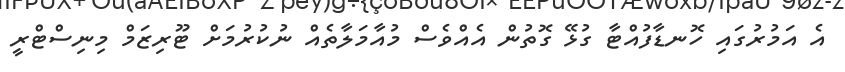
އެ އަމުރުގައި ހޮނޑާފުއްޓާ ގުޅޭ ގޮތުން އެއްވެސް މުއާމަލާތެއް ނުކުރުމަށް ޓޫރިޒަމް މިނިސްޓްރީ